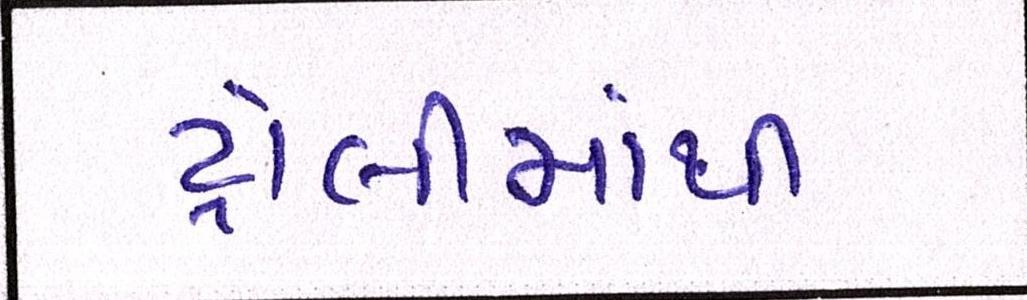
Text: ટ્રોલીમાંથી